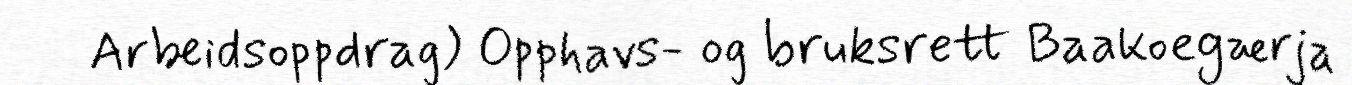
Arbeidsoppdrag) Opphavs- og bruksrett Baakoegærja